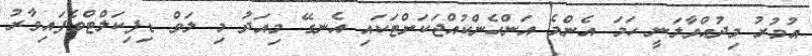
އުމުރު މިދުއްވާލަނީ ހަމަ އެންމެ އަންހެންކުއްޖަކަށްޓަކައި އެނގޭ މިއަދު މި ލަވް ޑިފިކަލްޓްވެފައިވާރު